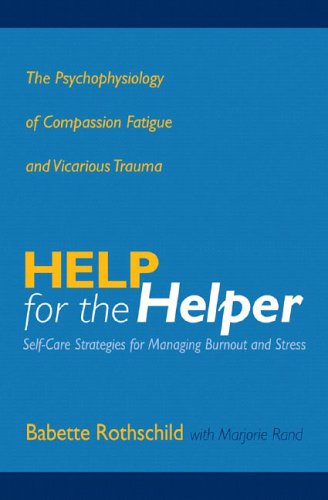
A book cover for Help for the Helper: The Psychophysiology of Compassion Fatigue and Vicarious Trauma (Norton Professional Books); Babette Rothschild; Health, Fitness & Dieting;